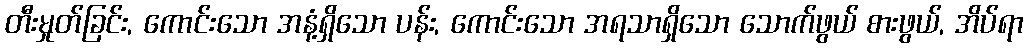
တီးမှုတ်ခြင်း, ကောင်းသော အနံ့ရှိသော ပန်း, ကောင်းသော အရသာရှိသော သောက်ဖွယ် စားဖွယ်, အိပ်ရာ